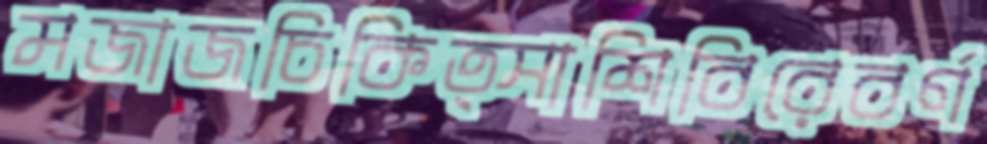
মজাজচিকিত্সাশিবিরেবর্ণ